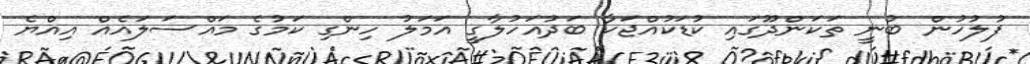
ފުލުހުން ބުނީ ތަކަންދޫގައި ކުޑަކުއްޖަކާ ބަދުއަހުލާގީ އަމަލު ހިންގި ކަމުގެ މައްސަލައެއް އިއްޔެ